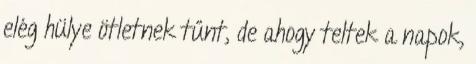
elég hülye ötletnek tűnt, de ahogy teltek a napok,